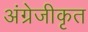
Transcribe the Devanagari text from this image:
अंग्रेजीकृत